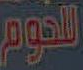
للحوم